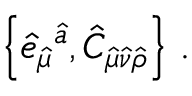
\left\{ \hat { e } _ { \hat { \mu } } { } ^ { \hat { a } } , \hat { C } _ { \hat { \mu } \hat { \nu } \hat { \rho } } \right\} \, .